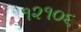
૧૨૧૦૬